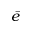
\bar { e }